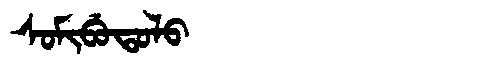
Manchu: ᠰᠣᠮᡳᠪᡠᡨᠣᠯᠣ
Romanization: SOMIBUTOLO